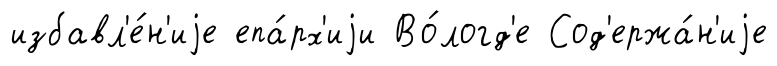
избавл'е́н'иjе епа́рх'иjи Во́логд'е Сод'ержа́н'иjе